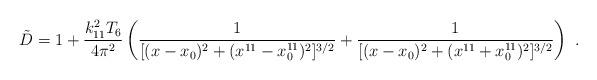
LaTeX: \begin{align*}{\tilde D}=1+{k_{11}^2 T_6 \over 4\pi^2} \left( {1\over [(x-x_0)^2+(x^{11}-x^{11}_0)^2]^{3/2}}+{1\over [(x-x_0)^2+(x^{11}+x^{11}_0)^2]^{3/2}} \right) \ .\end{align*}